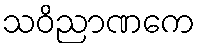
သဝိညာဏကေ